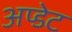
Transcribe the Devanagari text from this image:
अप्डेट